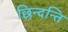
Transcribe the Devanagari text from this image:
छिन्दन्ति